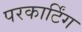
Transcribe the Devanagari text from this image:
परकार्टिंग